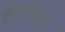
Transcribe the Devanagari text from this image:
सेंतेनो